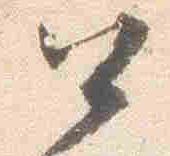
公